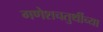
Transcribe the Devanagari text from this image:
गणेशचतुर्थीच्या